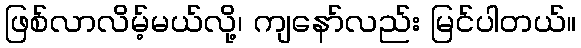
ဖြစ်လာလိမ့်မယ်လို့၊ ကျနော်လည်း မြင်ပါတယ်။